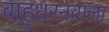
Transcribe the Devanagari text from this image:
बाहुधरनवाला